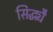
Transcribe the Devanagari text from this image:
सिद्ध्यै